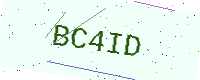
Text: BC4ID